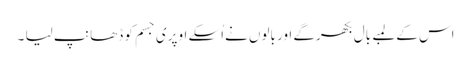
اس کے لمبے بال بکھرگے اور بالوں نےاُسکے اوپری جسم کو ڈھانپ لیا ۔